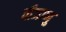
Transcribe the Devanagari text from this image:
वीजाणु